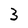
Character: 3